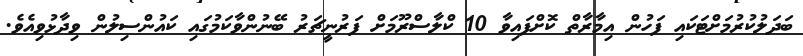
ބަދަލުކުރުމަށްޓަކައި ފަހުން އިމާރާތް ކޮށްފައިވާ 10 ކްލާސްރޫމަށް ފަރުނީޗަރު ބޭނުންވާކަމުގައި ކައުންސިލުން ވިދާޅުވިއެވެ.